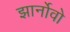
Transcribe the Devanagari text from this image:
झार्नोवो